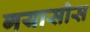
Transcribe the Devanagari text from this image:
गयासीस